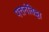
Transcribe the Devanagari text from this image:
पत्तनंतिट्टा